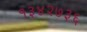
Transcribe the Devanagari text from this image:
१३४२७३६